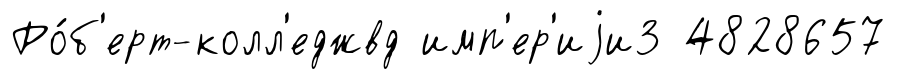
Ро́б'ерт-колл'еджвд имп'ер'иjи3 4828657